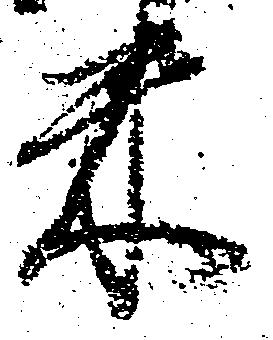
米